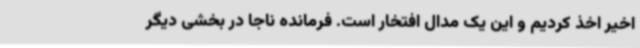
اخیر اخذ کردیم و این یک مدال افتخار است. فرمانده ناجا در بخشی دیگر